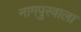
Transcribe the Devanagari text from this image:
नागपुरवाला